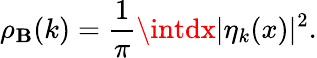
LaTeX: \rho_{\mathbf{B}}(k)=\frac{{1}}{{\pi}}\intdx|\eta_{k}(x)|^{2}.